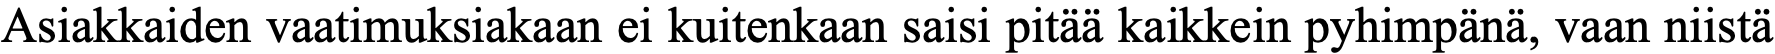
Asiakkaiden vaatimuksiakaan ei kuitenkaan saisi pitää kaikkein pyhimpänä, vaan niistä